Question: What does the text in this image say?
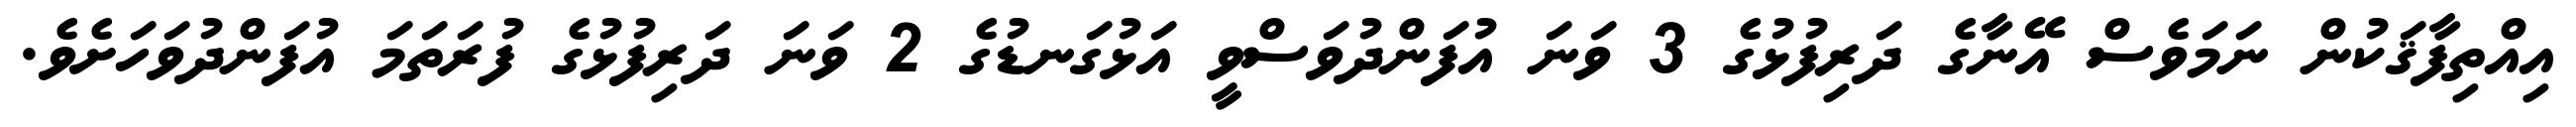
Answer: އިއްތިފާޤަކުން ނަމަވެސް އޭނާގެ ދަރިފުޅުގެ 3 ވަނަ އުފަންދުވަސްވީ އަޅުގަނޑުގެ 2 ވަނަ ދަރިފުޅުގެ ފުރަތަމަ އުފަންދުވަހަށެވެ.